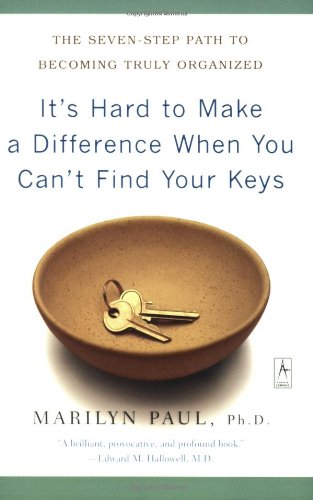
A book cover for It's Hard to Make a Difference When You Can't Find Your Keys: The Seven-Step Path to Becoming Truly Organized (Compass); Marilyn Paul; Self-Help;